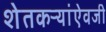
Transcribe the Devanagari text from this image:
शेतकऱ्यांऐवजी